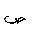
Letter: _sad